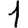
Digit: 1